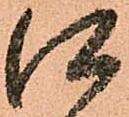
口